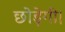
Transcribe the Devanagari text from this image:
छोड़ेगी।